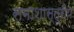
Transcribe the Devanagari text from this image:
समाशास्त्रीय